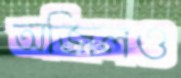
অজিলও